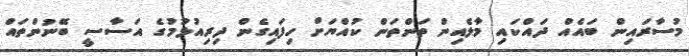
މުސާރައިން ބައެއް ދައްކައި މާލެއިން ތަންތަން ކުއްޔަށް ހިފައިގެން ދިރިއުޅުމުގެ އަސާސީ ބޭނުންތައް